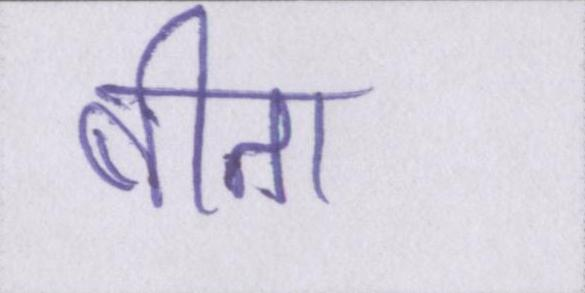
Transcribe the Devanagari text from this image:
बीता